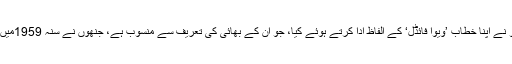
ہوانا سے ملنے والے اطلاعات میں بتایا گیا ہے کہ صدر کاسترو نے اپنا خطاب ’ویوا فائڈل‘ کے الفاظ ادا کرتے ہوئے کیا، جو اُن کے بھائی کی تعریف سے منسوب ہے، جنھوں نے سنہ 1959میں انقلاب کی قیادت کرتے ہوئے کیوبا میں اقتدار پر قبضہ کیا تھا۔